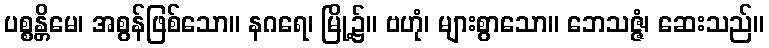
ပစ္စန္တိမေ၊ အစွန်ဖြစ်သော။ နဂရေ၊ မြို့၌။ ဗဟုံ၊ များစွာသော။ ဘေသဇ္ဇံ၊ ဆေးသည်။